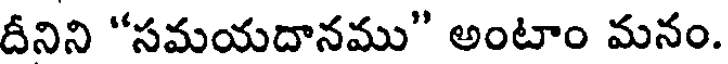
దీనిని "సమయదానము" అంటాం మనం.